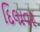
દિલાવર